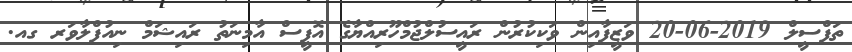
ތަފްސީލް 2019-06-20 ވަޒީފާއިން ވަކިކުރުން ރައީސުލްޖުމްހޫރިއްޔާގެ އޮފީސް އާމިނަތު ރައިޝަމް ނިއުފްލާވަރ ގއ.